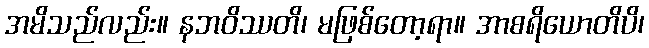
အမိသည်လည်း။ နဘဝိဿတိ၊ မဖြစ်တော့ရာ။ အာစရိယောတိပိ၊